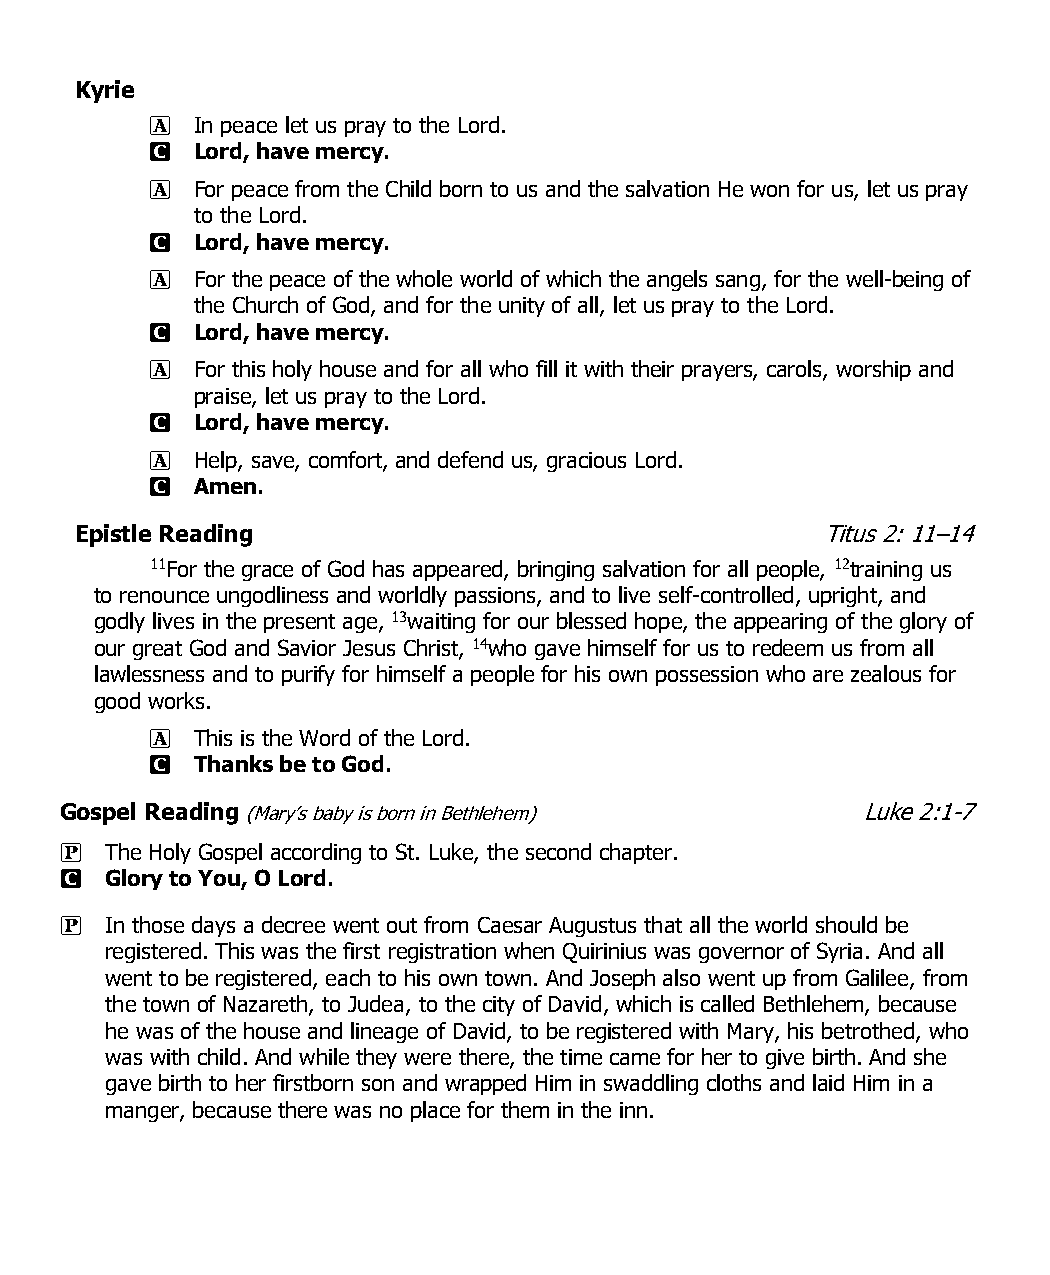
Kyrie
 A  In peace let us pray to the Lord.
 C  Lord, have mercy.
 A  For peace from the Child born to us and the salvation He won for us, let us pray
 to the Lord.
 C  Lord, have mercy.
 A  For the peace of the whole world of which the angels sang, for the well-being of
 the Church of God, and for the unity of all, let us pray to the Lord.
 C  Lord, have mercy.
 A  For this holy house and for all who fill it with their prayers, carols, worship and
 praise, let us pray to the Lord.
 C  Lord, have mercy.
 A  Help, save, comfort, and defend us, gracious Lord.
 C  Amen.
 Epistle Reading                                   Titus 2: 11–14
 11For the grace of God has appeared, bringing salvation for all people, 12training us
 to renounce ungodliness and worldly passions, and to live self-controlled, upright, and
 godly lives in the present age, 13waiting for our blessed hope, the appearing of the glory of
 our great God and Savior Jesus Christ, 14who gave himself for us to redeem us from all
 lawlessness and to purify for himself a people for his own possession who are zealous for
 good works.
 A  This is the Word of the Lord.
 C  Thanks be to God.
 Gospel Reading (Mary’s baby is born in Bethlehem)    Luke 2:1-7
 P  The Holy Gospel according to St. Luke, the second chapter.
 C  Glory to You, O Lord.
 P  In those days a decree went out from Caesar Augustus that all the world should be
 registered. This was the first registration when Quirinius was governor of Syria. And all
 went to be registered, each to his own town. And Joseph also went up from Galilee, from
 the town of Nazareth, to Judea, to the city of David, which is called Bethlehem, because
 he was of the house and lineage of David, to be registered with Mary, his betrothed, who
 was with child. And while they were there, the time came for her to give birth. And she
 gave birth to her firstborn son and wrapped Him in swaddling cloths and laid Him in a
 manger, because there was no place for them in the inn.